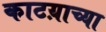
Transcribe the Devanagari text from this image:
काटय़ाच्या